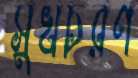
সুখচরণ